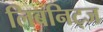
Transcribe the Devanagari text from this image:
लिबनिट्ज